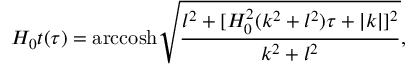
H _ { 0 } t ( \tau ) = \mathrm { a r c c o s h } \sqrt { \frac { l ^ { 2 } + [ H _ { 0 } ^ { 2 } ( k ^ { 2 } + l ^ { 2 } ) \tau + | k | ] ^ { 2 } } { k ^ { 2 } + l ^ { 2 } } } ,